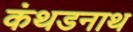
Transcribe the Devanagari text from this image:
कंथडनाथ